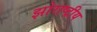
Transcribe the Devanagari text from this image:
झोराष्ट्रीय